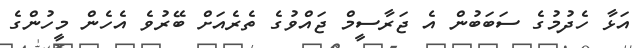
އަޅާ ހެދުމުގެ ސަބަބުން އެ ޖަރާސީމް ޖައްވުގެ ތެރެއަށް ބޭރުވެ އެހެން މީހުންގެ